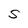
Character: S